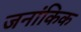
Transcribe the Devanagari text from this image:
जनांकिक